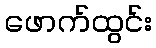
ဖောက်ထွင်း